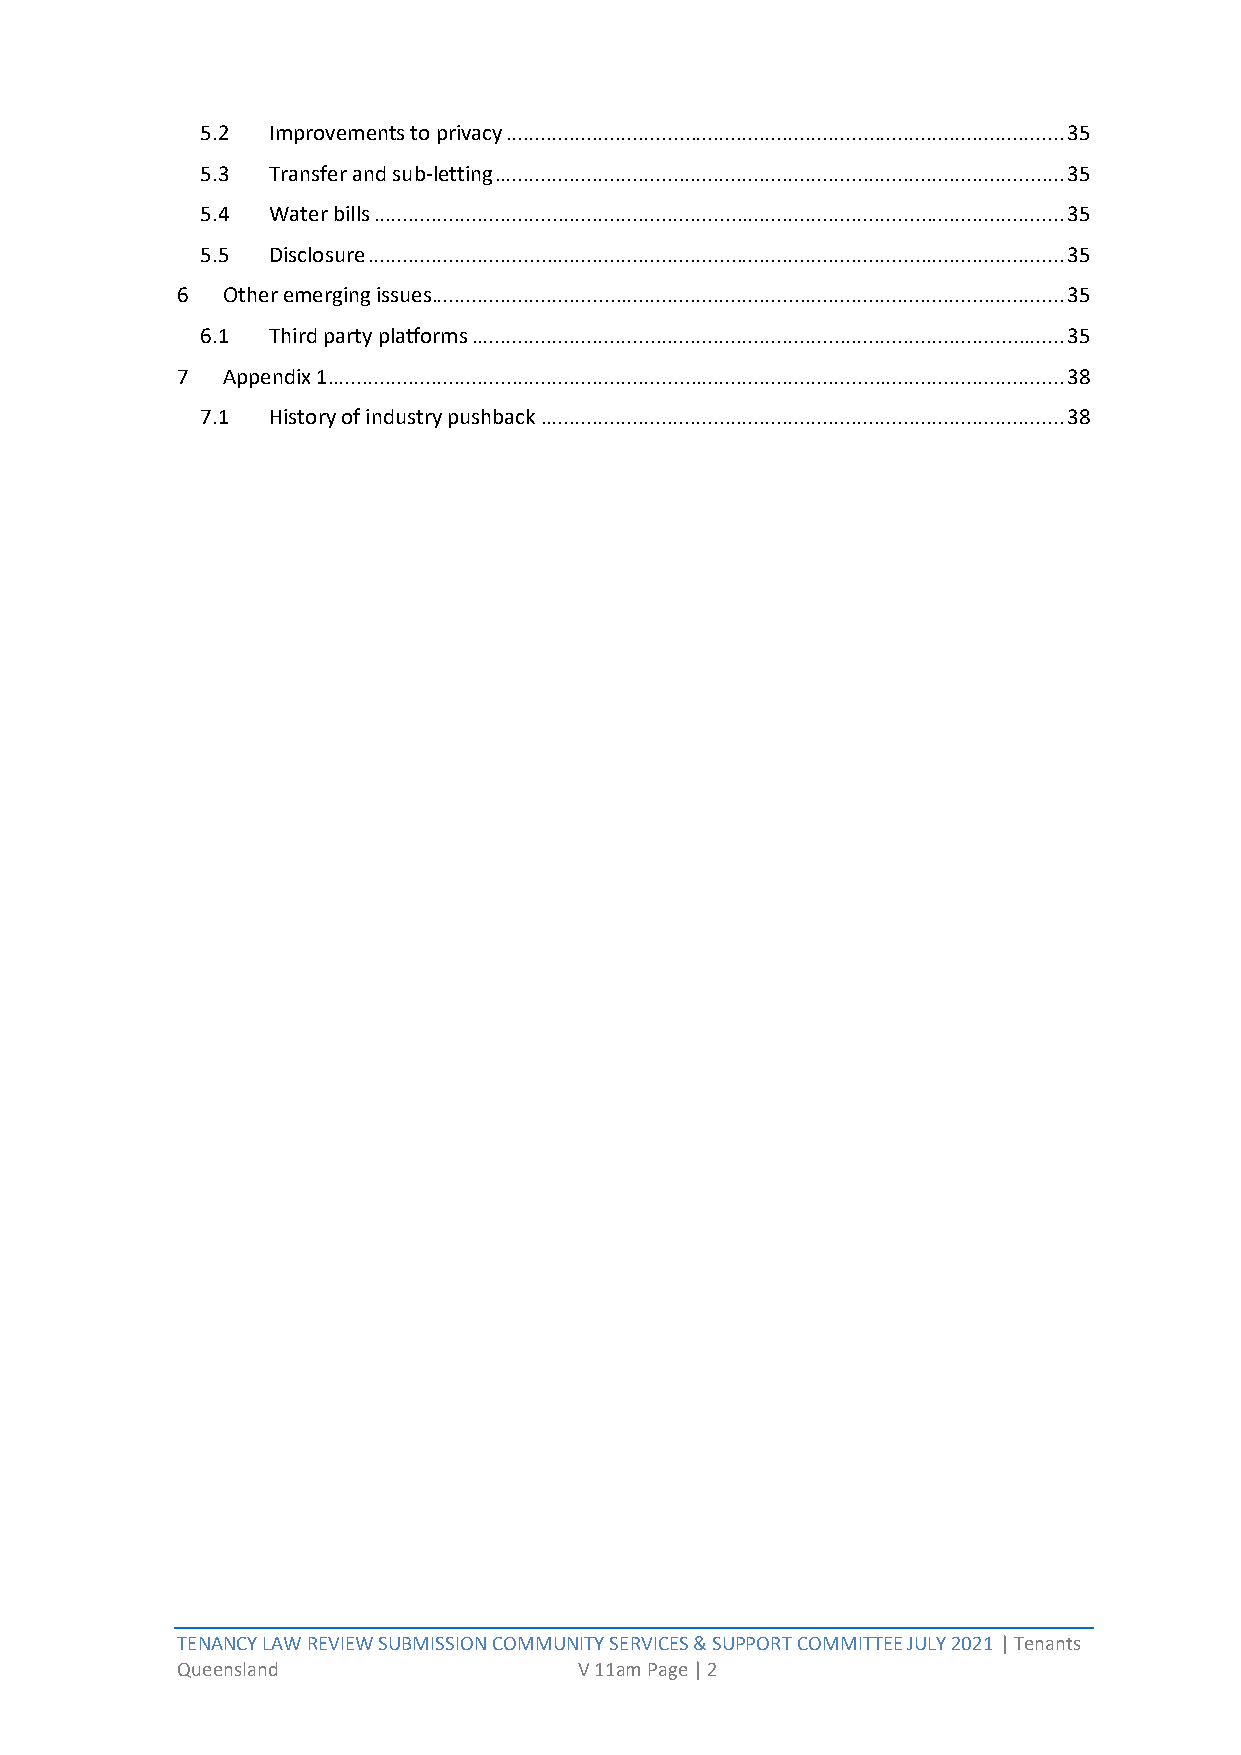
5.2  Improvements to privacy ................................................................................................. 35
 5.3  Transfer and sub-letting ................................................................................................... 35
 5.4  Water bills ........................................................................................................................ 35
 5.5  Disclosure ......................................................................................................................... 35
 6  Other emerging issues.............................................................................................................. 35
 6.1  Third party platforms ....................................................................................................... 35
 7  Appendix 1................................................................................................................................ 38
 7.1  History of industry pushback ........................................................................................... 38
 TENANCY LAW REVIEW SUBMISSION COMMUNITY SERVICES & SUPPORT COMMITTEE JULY 2021 | Tenants
 Queensland                V 11am Page | 2